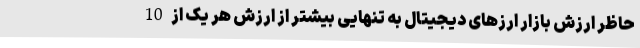
حاظر ارزش بازار ارزهای دیجیتال به تنهایی بیشتر از ارزش هر یک از 10